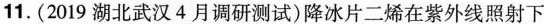
11.(2019湖北武汉4月调研测试)降冰片二烯在紫外线照射下